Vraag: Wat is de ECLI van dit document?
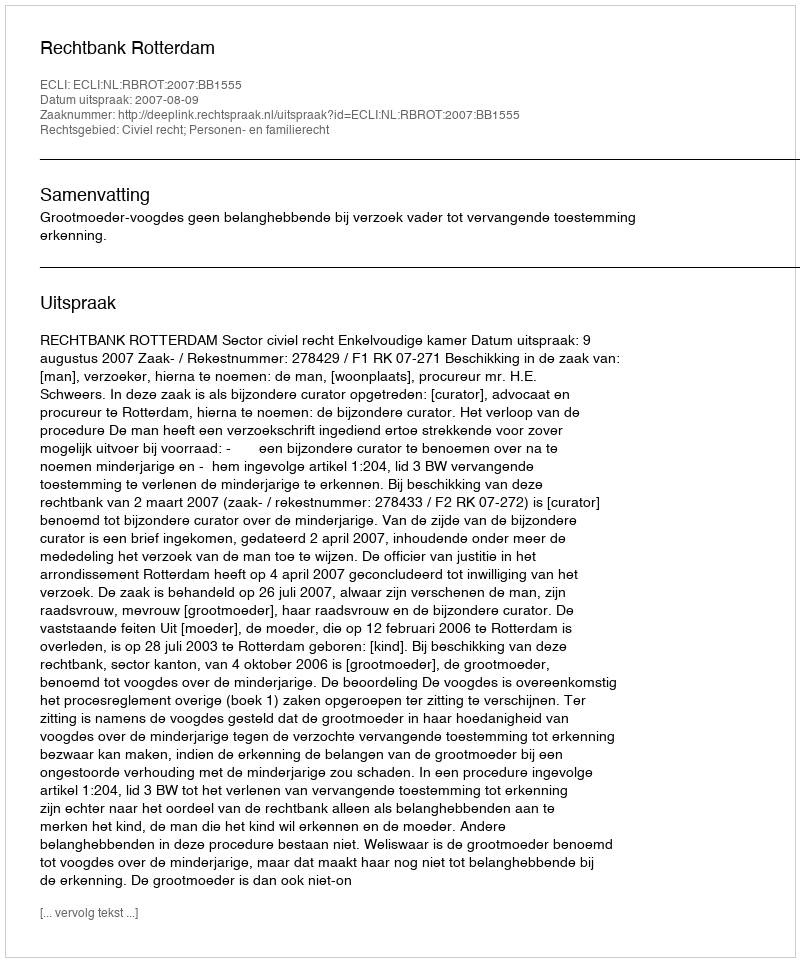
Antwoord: ECLI:NL:RBROT:2007:BB1555